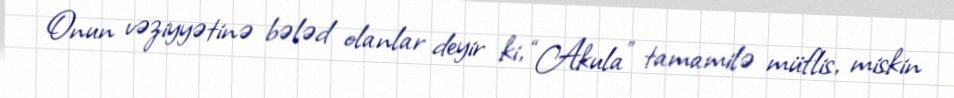
Onun vəziyyətinə bələd olanlar deyir ki, “Akula” tamamilə müflis, miskin